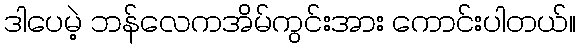
ဒါပေမဲ့ ဘန်လေကအိမ်ကွင်းအား ကောင်းပါတယ်။